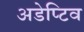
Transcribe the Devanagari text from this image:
अडेप्टिव